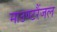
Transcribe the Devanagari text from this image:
माउण्टरैंजल